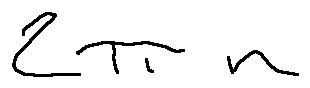
2 \pi n